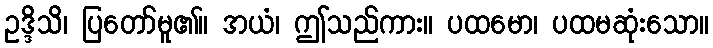
ဥဒ္ဒိသိ၊ ပြတော်မူ၏။ အယံ၊ ဤသည်ကား။ ပထမော၊ ပထမဆုံးသော။